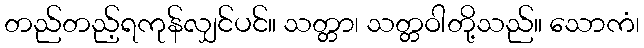
တည်တည့်ရကုန်လျှင်ပင်။ သတ္တာ၊ သတ္တဝါတို့သည်။ သောကံ၊